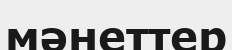
мәнеттер